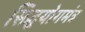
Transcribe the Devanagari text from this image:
सिद्धयोगमंत्र